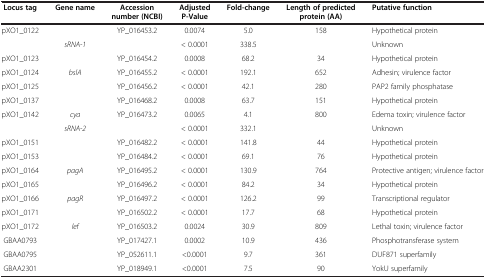
<table><thead><tr><td><b>Locus tag</b></td><td><b>Gene name</b></td><td><b>Accession number (NCBI)</b></td><td><b>Adjusted P-Value</b></td><td><b>Fold-change</b></td><td><b>Length of predicted protein (AA)</b></td><td><b>Putative function</b></td></tr></thead><tbody><tr><td>pXO1_0122</td><td> </td><td>YP_016453.2</td><td>0.0074</td><td>5.0</td><td>158</td><td>Hypothetical protein</td></tr><tr><td> </td><td><i>sRNA-1</i></td><td> </td><td>&lt; 0.0001</td><td>338.5</td><td> </td><td>Unknown</td></tr><tr><td>pXO1_0123</td><td> </td><td>YP_016454.2</td><td>0.0008</td><td>68.2</td><td>34</td><td>Hypothetical protein</td></tr><tr><td>pXO1_0124</td><td><i>bslA</i></td><td>YP_016455.2</td><td>&lt; 0.0001</td><td>192.1</td><td>652</td><td>Adhesin; virulence factor</td></tr><tr><td>pXO1_0125</td><td> </td><td>YP_016456.2</td><td>&lt; 0.0001</td><td>42.1</td><td>280</td><td>PAP2 family phosphatase</td></tr><tr><td>pXO1_0137</td><td> </td><td>YP_016468.2</td><td>0.0008</td><td>63.7</td><td>151</td><td>Hypothetical protein</td></tr><tr><td>pXO1_0142</td><td><i>cya</i></td><td>YP_016473.2</td><td>0.0065</td><td>4.1</td><td>800</td><td>Edema toxin; virulence factor</td></tr><tr><td> </td><td><i>sRNA-2</i></td><td> </td><td>&lt; 0.0001</td><td>332.1</td><td> </td><td>Unknown</td></tr><tr><td>pXO1_0151</td><td> </td><td>YP_016482.2</td><td>&lt; 0.0001</td><td>141.8</td><td>44</td><td>Hypothetical protein</td></tr><tr><td>pXO1_0153</td><td> </td><td>YP_016484.2</td><td>&lt; 0.0001</td><td>69.1</td><td>76</td><td>Hypothetical protein</td></tr><tr><td>pXO1_0164</td><td><i>pagA</i></td><td>YP_016495.2</td><td>&lt; 0.0001</td><td>130.9</td><td>764</td><td>Protective antigen; virulence factor</td></tr><tr><td>pXO1_0165</td><td> </td><td>YP_016496.2</td><td>&lt; 0.0001</td><td>84.2</td><td>34</td><td>Hypothetical protein</td></tr><tr><td>pXO1_0166</td><td><i>pagR</i></td><td>YP_016497.2</td><td>&lt; 0.0001</td><td>126.2</td><td>99</td><td>Transcriptional regulator</td></tr><tr><td>pXO1_0171</td><td> </td><td>YP_016502.2</td><td>&lt; 0.0001</td><td>17.7</td><td>68</td><td>Hypothetical protein</td></tr><tr><td>pXO1_0172</td><td><i>lef</i></td><td>YP_016503.2</td><td>0.0024</td><td>30.9</td><td>809</td><td>Lethal toxin; virulence factor</td></tr><tr><td>GBAA0793</td><td> </td><td>YP_017427.1</td><td>0.0002</td><td>10.9</td><td>436</td><td>Phosphotransferase system</td></tr><tr><td>GBAA0795</td><td> </td><td>YP_052611.1</td><td>&lt;0.0001</td><td>9.7</td><td>361</td><td>DUF871 superfamily</td></tr><tr><td>GBAA2301</td><td> </td><td>YP_018949.1</td><td>&lt;0.0001</td><td>7.5</td><td>90</td><td>YokU superfamily</td></tr></tbody></table>